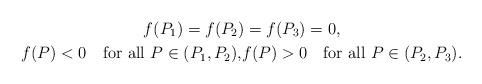
LaTeX: \begin{gather*}f(P_1) = f(P_2) = f(P_3) = 0, \\f(P) < 0 \quad\mbox{for all $P \in (P_1, P_2)$,}f(P) > 0 \quad\mbox{for all $P \in (P_2, P_3)$.}\end{gather*}